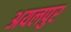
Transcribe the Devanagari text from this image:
अयलपुर